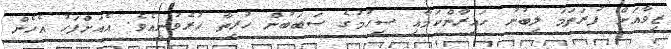
ޒިވާއަށް ފުރަތަމަ ލިބުނު ހައިރާންކަމާއި ސިހުމުގެ ސަބަބުން ހުރިތާ ހުރެވުނީއެވެ. އެއަށްފަހު އެހެން